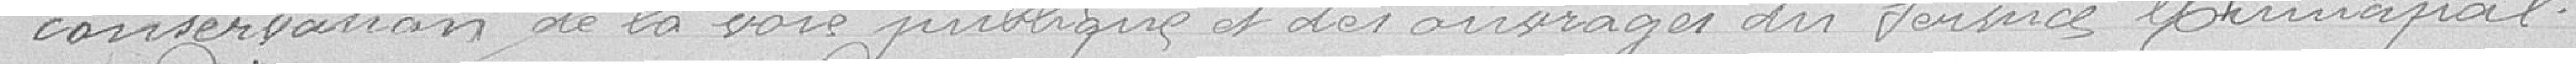
conservation de la voie publique et des ouvrages du service Municipal.